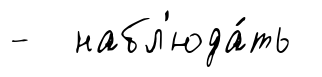
- набл'юда́ть